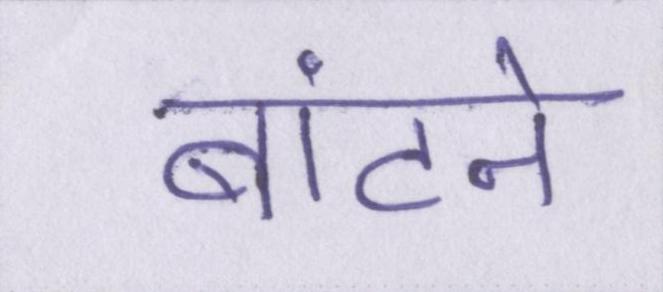
बांटने